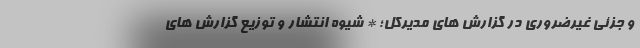
و جزئی غیرضروری در گزارش های مدیرکل؛ * شیوه انتشار و توزیع گزارش های